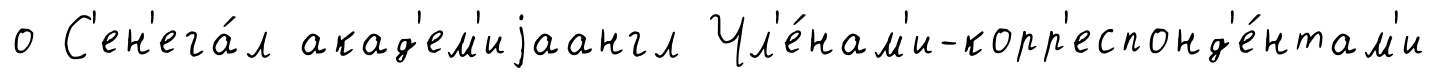
о С'ен'ега́л акад'ем'иjаангл Чл'е́нам'и-корр'еспонд'е́нтам'и